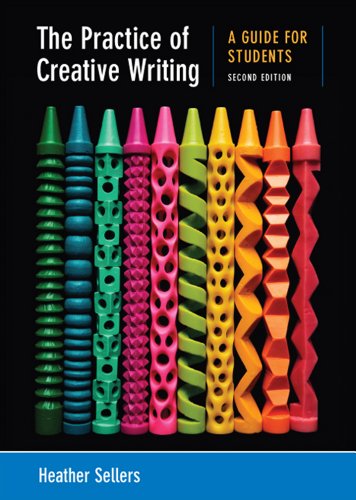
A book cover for The Practice of Creative Writing: A Guide for Students; Heather Sellers; Reference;